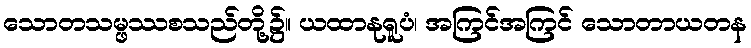
သောတသမ္ဖဿစသည်တို့၌။ ယထာနုရူပံ၊ အကြင်အကြင် သောတာယတန